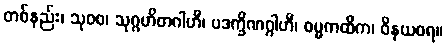
တစ်နည်း၊ သုဝစ၊ သုဂ္ဂဟိတဂါဟီ၊ ပဒက္ခိဏဂ္ဂါဟီ၊ ဓမ္မကထိက၊ ဝိနယဓရ။